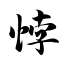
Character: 悖